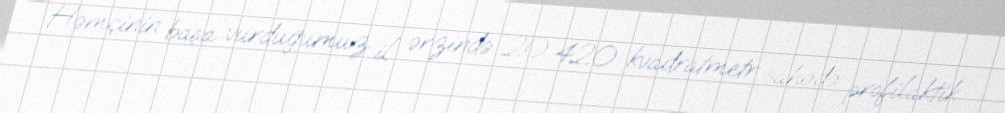
Həmçinin başa vurduğumuz il ərzində 20 420 kvadratmetr sahədə profilaktik